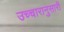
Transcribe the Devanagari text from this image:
उच्चारानुसारी